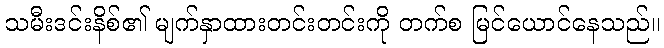
သမီးဒင်းနိစ်၏ မျက်နှာထားတင်းတင်းကို တက်စ မြင်ယောင်နေသည်။